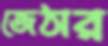
জেঠার